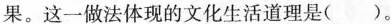
果。这一做法体现的文化生活道理是( )。